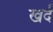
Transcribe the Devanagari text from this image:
खर्द